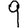
Digit: 9